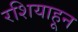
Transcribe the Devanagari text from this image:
रशियाहून